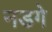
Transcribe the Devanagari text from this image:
नडगे